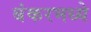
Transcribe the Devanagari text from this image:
बंकरमध्ये